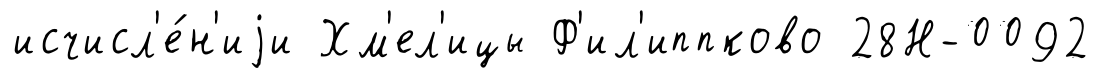
исчисл'е́н'иjи Хм'ел'ицы Ф'ил'иппково 28Н-0092